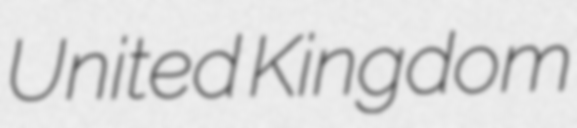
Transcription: United Kingdom